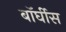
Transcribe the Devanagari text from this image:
बॉर्घीस